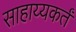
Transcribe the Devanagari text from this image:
साहाय्यकर्तं